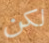
لكن